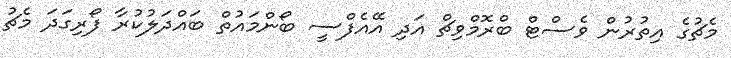
މެޗުގެ އިތުރުން ވެސްޓް ބްރޮމްވިޗް އަދި އޭއެފްސީ ބޯންމައުތް ބައްދަލުކުރާ ފޯރިގަދަ މެޗު